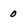
Character: 0